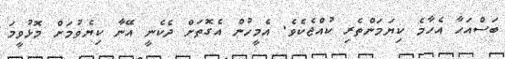
ބަސްއަހާ އެހާމެ ކިޔަމަންތެރި ކުއްޖެކެވެ. އެމީހުން އެގޮތަށް ދެކެނީ އޭނާ ކިޔެވުމަށް މޮޅުވީމަ